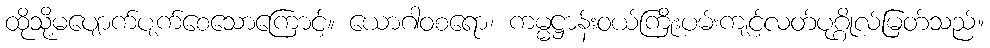
ထိုသို့မပျောက်ပျက်စေသောကြောင့်။ ယောဂါဝစရော၊ ကမ္မဋ္ဌာန်းဝယ်ကြိုးပမ်းကျင့်လတ်ပုဂ္ဂိုလ်မြတ်သည်။